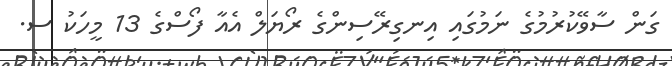
ގަން ސާވޭކުރުމުގެ ނަމުގައި އިނގިރޭސިންގެ ރޯޔަލް އެއާ ފޯސްގެ 13 މީހަކު ސ.